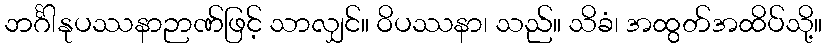
ဘင်္ဂါနုပဿနာဉာဏ်ဖြင့် သာလျှင်။ ဝိပဿနာ၊ သည်။ သိခံ၊ အထွတ်အထိပ်သို့။